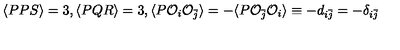
\langle P P S \rangle = 3 , \langle P Q R \rangle = 3 , \langle P { \cal O } _ { i } { \cal O } _ { \bar { j } } \rangle = - \langle P { \cal O } _ { \bar { j } } { \cal O } _ { i } \rangle \equiv - d _ { i \bar { j } } = - \delta _ { i \bar { j } }